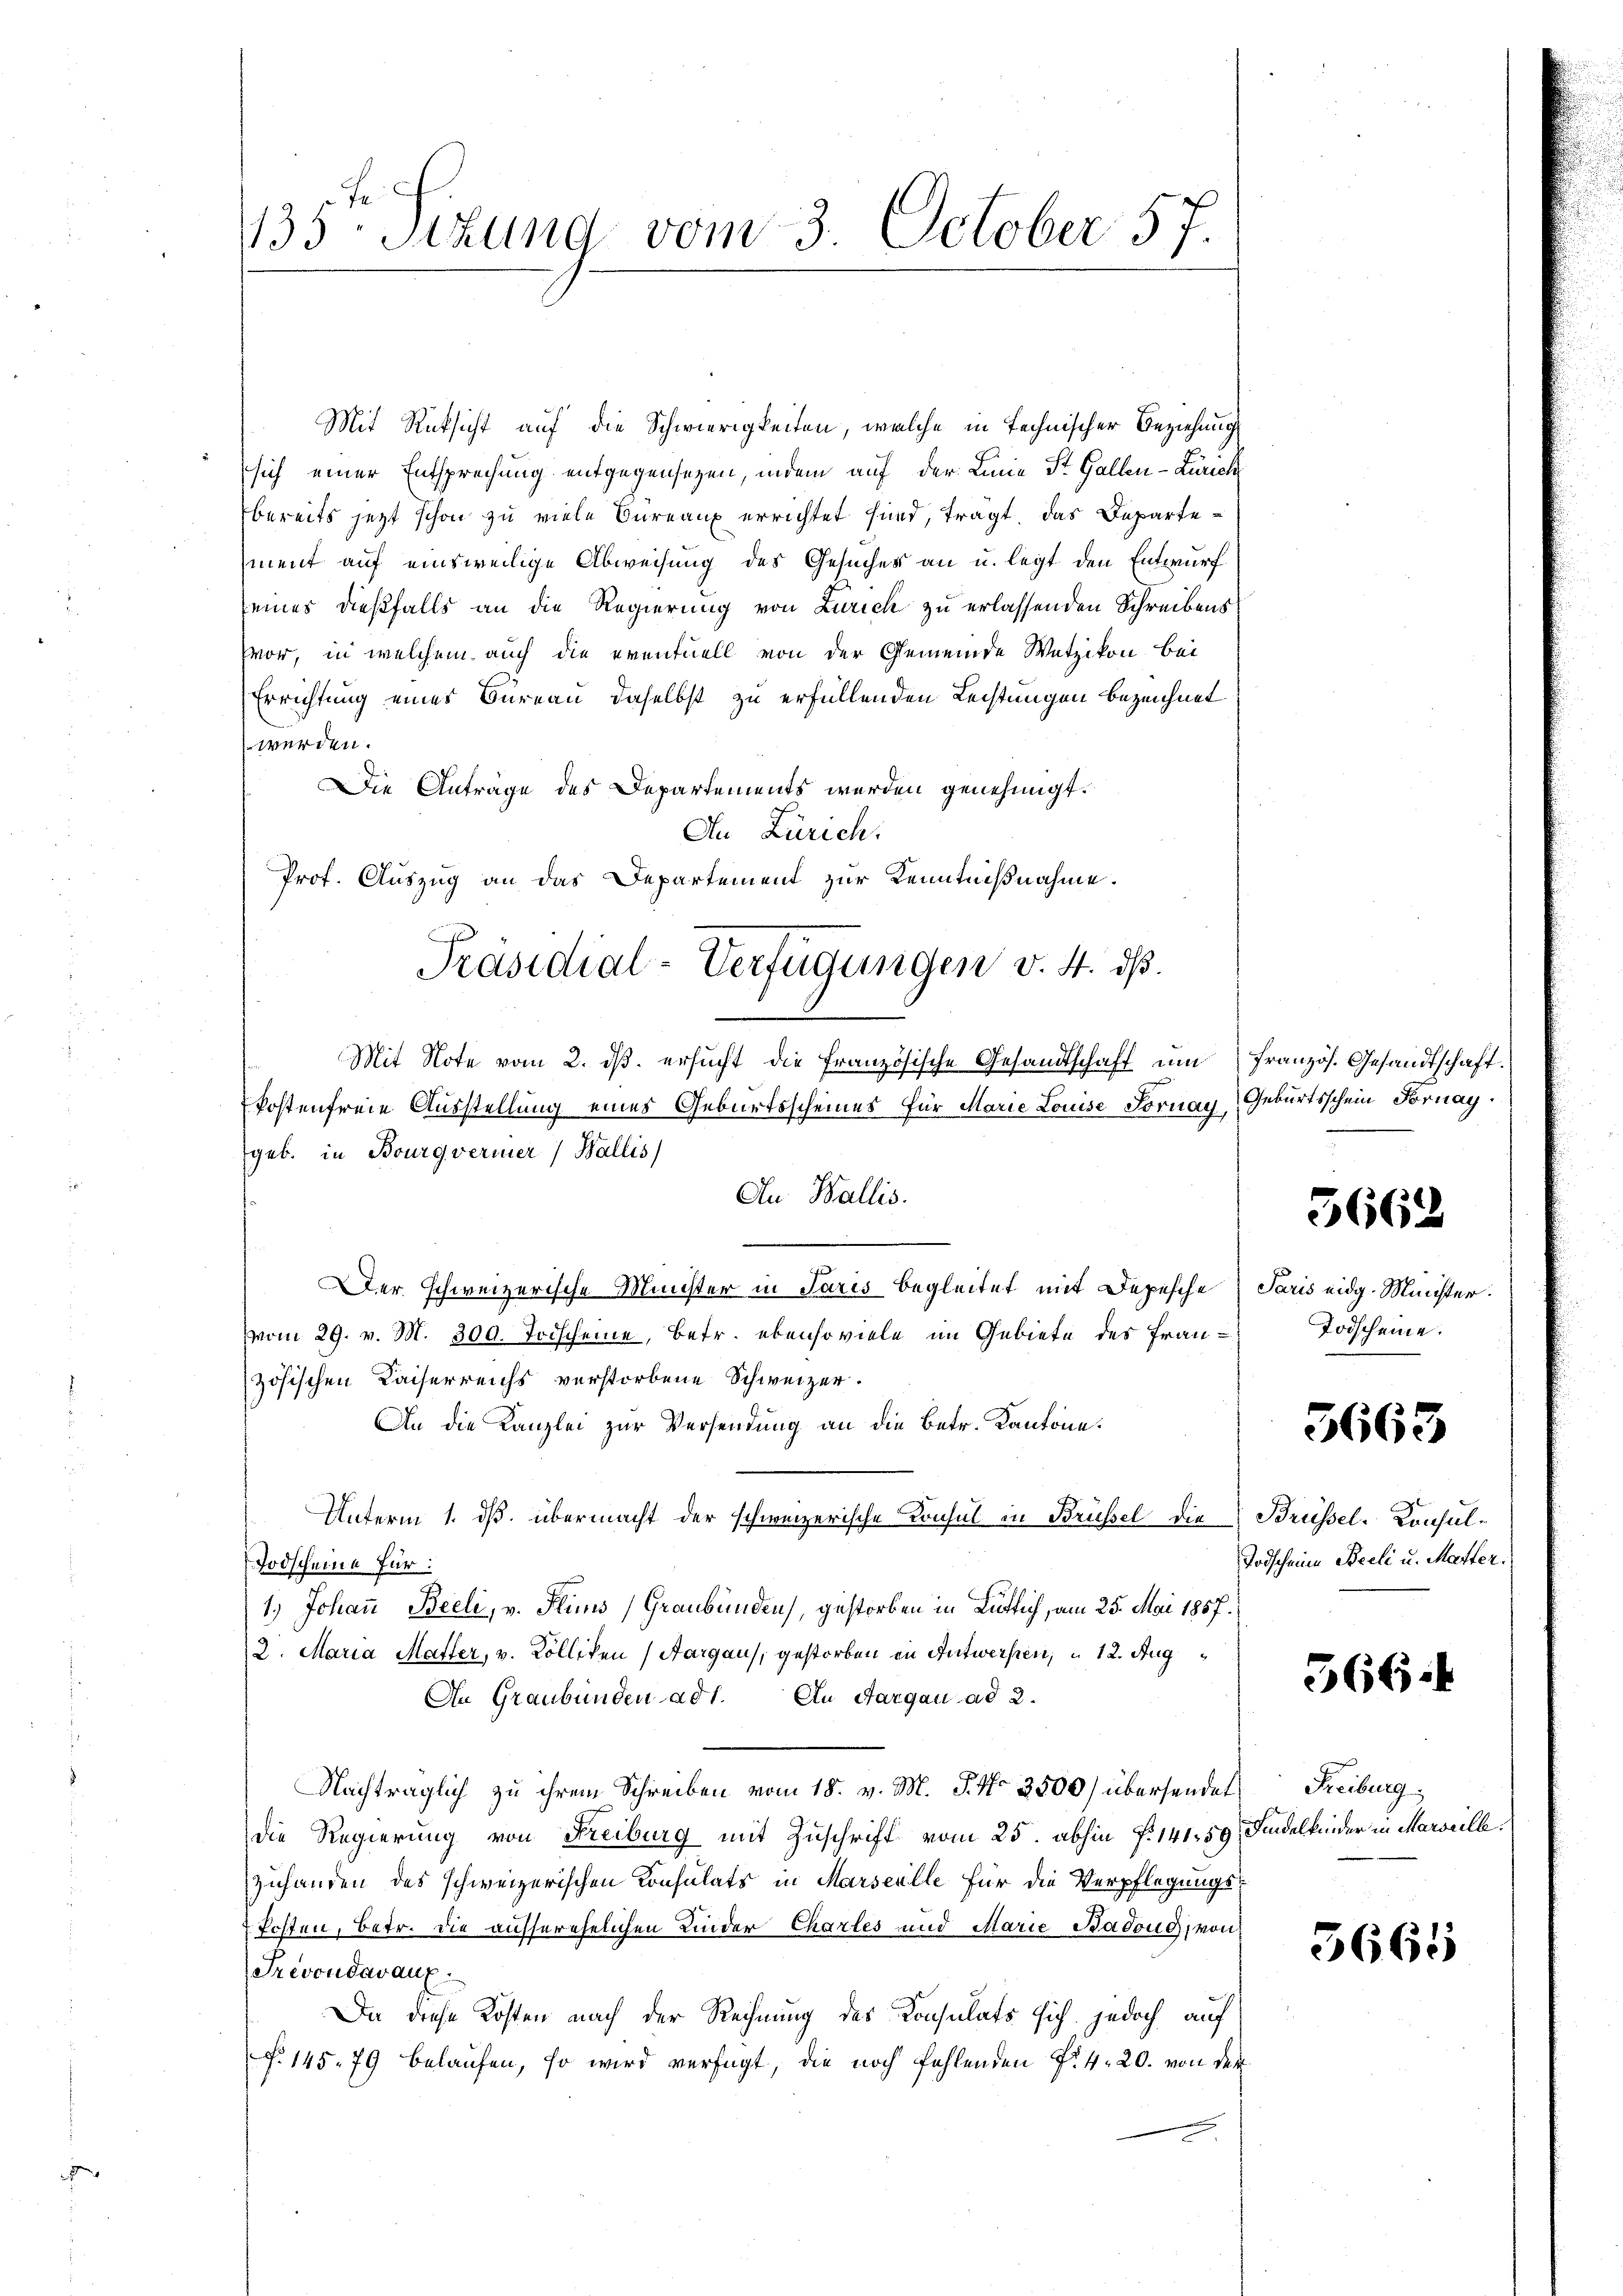
Mit Rücksicht auf die Schwierigkeiten, welche in technischer Beziehung
sich einer Entsprechung entgegensezen, indem auf der Linie St. Gallen-Zürich
bereits jetzt schon zu viele Bureaux errichtet sind, tragt, das Departement auf einsweilige Abweisung des Gesuches an u. legt den Entwurf
seines dießfalls an die Regierung von Zürich zu erlassenden Schreibens
Evor, in welchem auch die eventuell von der Gemeinde Wetzikon bei
Errichtung eines Bureau daselbst zu erfüllenden Leistungen bezeichnet
werden.
Die Anträge des Departements werden genehmigt.
An Zürich.
Prof. Auszug an das Departement zur Kenntnißnahme.
Mit Note vom 2. dβ. ersŭcht die französische Gesandtschaft ŭm französ. Gesandtschaft.
kostenfreie Ausstellung eines Geburtsscheines für Marie Louise Fornay, Geburtsschein Fornay
geb. in Bourgvermer Wallis
An Wallis.
m
Der schweizerische Minister in Paris begleitet mit Depesche
(vom 29. v. M. 300. Todscheine, Betr. ebensoviele im Gebiete des Französischen Kaiserreichs verstorbene Schweizer.
An die Kanzlei zur Versendung an die Betr. Kantone.
Unterm 1. ds. übermacht der schweizerische Konsul in Brüssel die
Todscheine für:
1.) Johann Beeli, v. Plins Graubünden), gestorben in Rütlich, am 25. Mai 1857.
2. Maria Mafter, v. Kolliken (Aargau, gestorben in Antwerfen, u 12. Aug
An Graubünden ad 1. An Aargau ad 2.
Nachträglich zu ihrem Schreiben vom 18. v. M. P. No 3500) übersendet
die Regierung von Freiburg mit Zuschrift vom 25. abhin Nr. 141. 59. Findelkinder in Marseill
zuhanden des schweizerischen Consulats in Marsenille für die Verpflegungs¬
Tosten, betr. die ausserehelichen Kinder Chartes und Marie Badoug, von
Trevondavaux.
Da diese Kosten nach der Rechnung des Konsulats sich jedoch auf
§. 145. 79 belaufen, so wird verfügt, die noch fehlenden Fr. 4. 20. von dem

1135 Sttung vom 3. October 57.

Präsidial-Verfügungen v. 4. ds.

5662

Paris eidg. Minister.
Todscheine.

5663

Brüssel-Konsul¬
Todscheine Beeli u. Matter.

566.

Freiburg.

5665